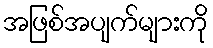
အဖြစ်အပျက်များကို